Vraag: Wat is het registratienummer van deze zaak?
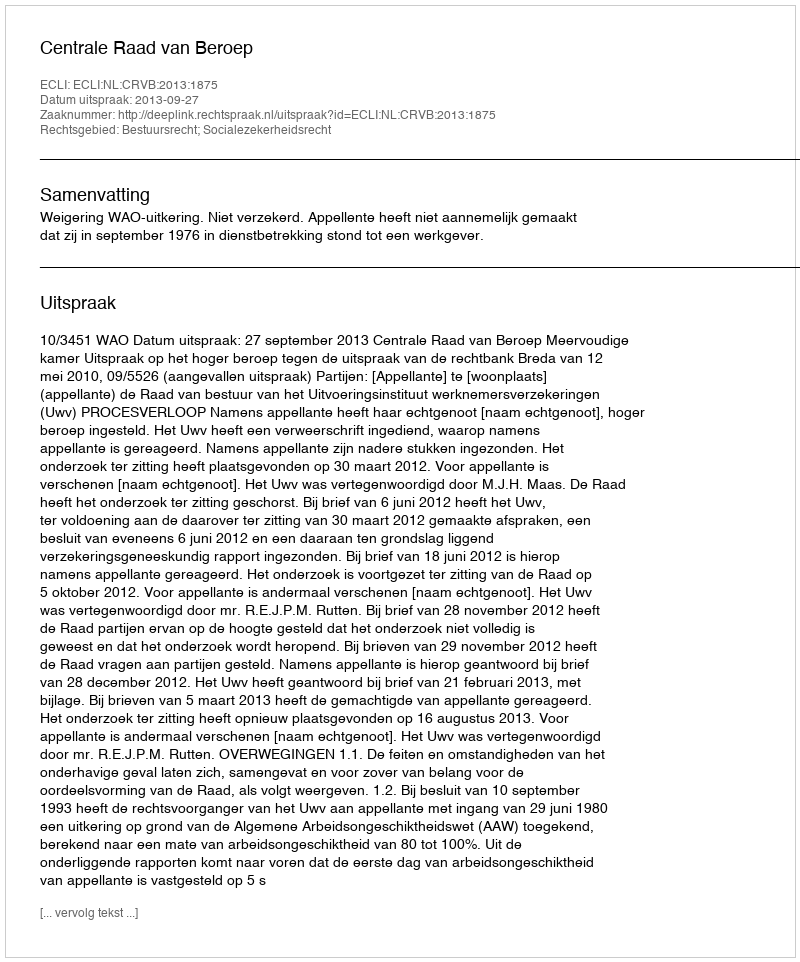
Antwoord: http://deeplink.rechtspraak.nl/uitspraak?id=ECLI:NL:CRVB:2013:1875